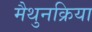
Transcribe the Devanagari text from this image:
मैथुनक्रिया